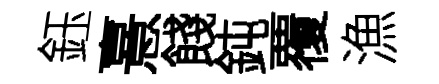
鈺憙餞鈍覆漁